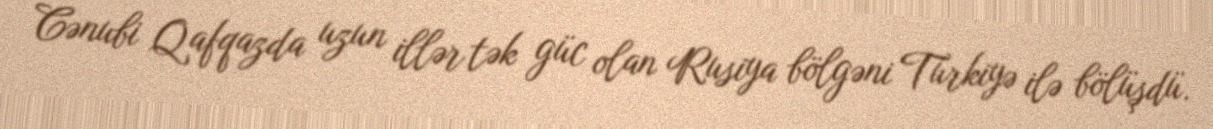
Cənubi Qafqazda uzun illər tək güc olan Rusiya bölgəni Türkiyə ilə bölüşdü.